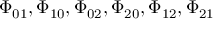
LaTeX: \Phi _ { 0 1 } , \Phi _ { 1 0 } , \Phi _ { 0 2 } , \Phi _ { 2 0 } , \Phi _ { 1 2 } , \Phi _ { 2 1 }